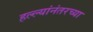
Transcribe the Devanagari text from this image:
हल्ल्यांनंतरच्या